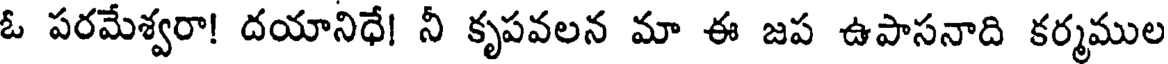
ఓ పరమేశ్వరా! దయానిధే! నీ కృపవలన మా ఈ జప ఉపాసనాది కర్మముల